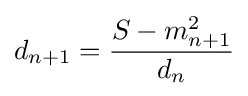
d_{n+1}={\frac {S-m_{n+1}^{2}}{d_{n}}}\,\!